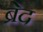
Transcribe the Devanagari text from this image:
ब्रेद